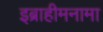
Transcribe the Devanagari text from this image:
इब्राहीमनामा